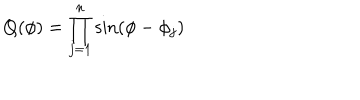
Q ( \phi ) = \prod _ { j = 1 } ^ { n } \sin ( \phi - \phi _ { j } )